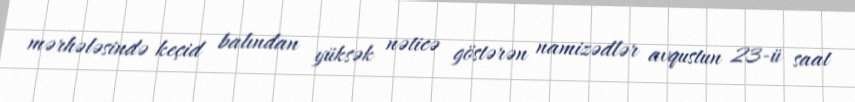
mərhələsində keçid balından yüksək nəticə göstərən namizədlər avqustun 23-ü saat